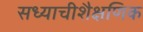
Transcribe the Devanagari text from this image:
सध्याचीशैक्षणिक